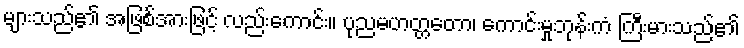
များသည်၏ အဖြစ်အားဖြင့် လည်းကောင်း။ ပုညမဟတ္တတော၊ ကောင်းမှုဘုန်းကံ ကြီးမားသည်၏